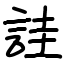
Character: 詿